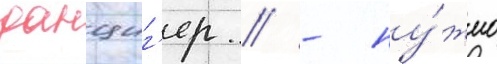
данциг'ер / - ну́жно